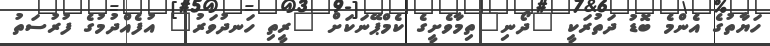
ހަޔާތުގެ އެންމެ ބޮޑު ދަތުރަކީ "ދޯނި"ތިމާވެށީގެ ކެމްޕޭނަކަށް "ރީތި ހަނދުވަރު" އުފެއްދުމުގެ ފުރުސަތު